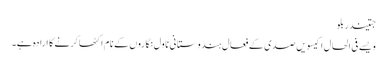
جتیندر بلو
ویسے فی الحال اکیسویں صدی کے فعال ہندوستانی ناول نگاروں کے نام اکٹھا کرنے کا ارادہ ہے۔